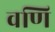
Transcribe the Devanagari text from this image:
वणि